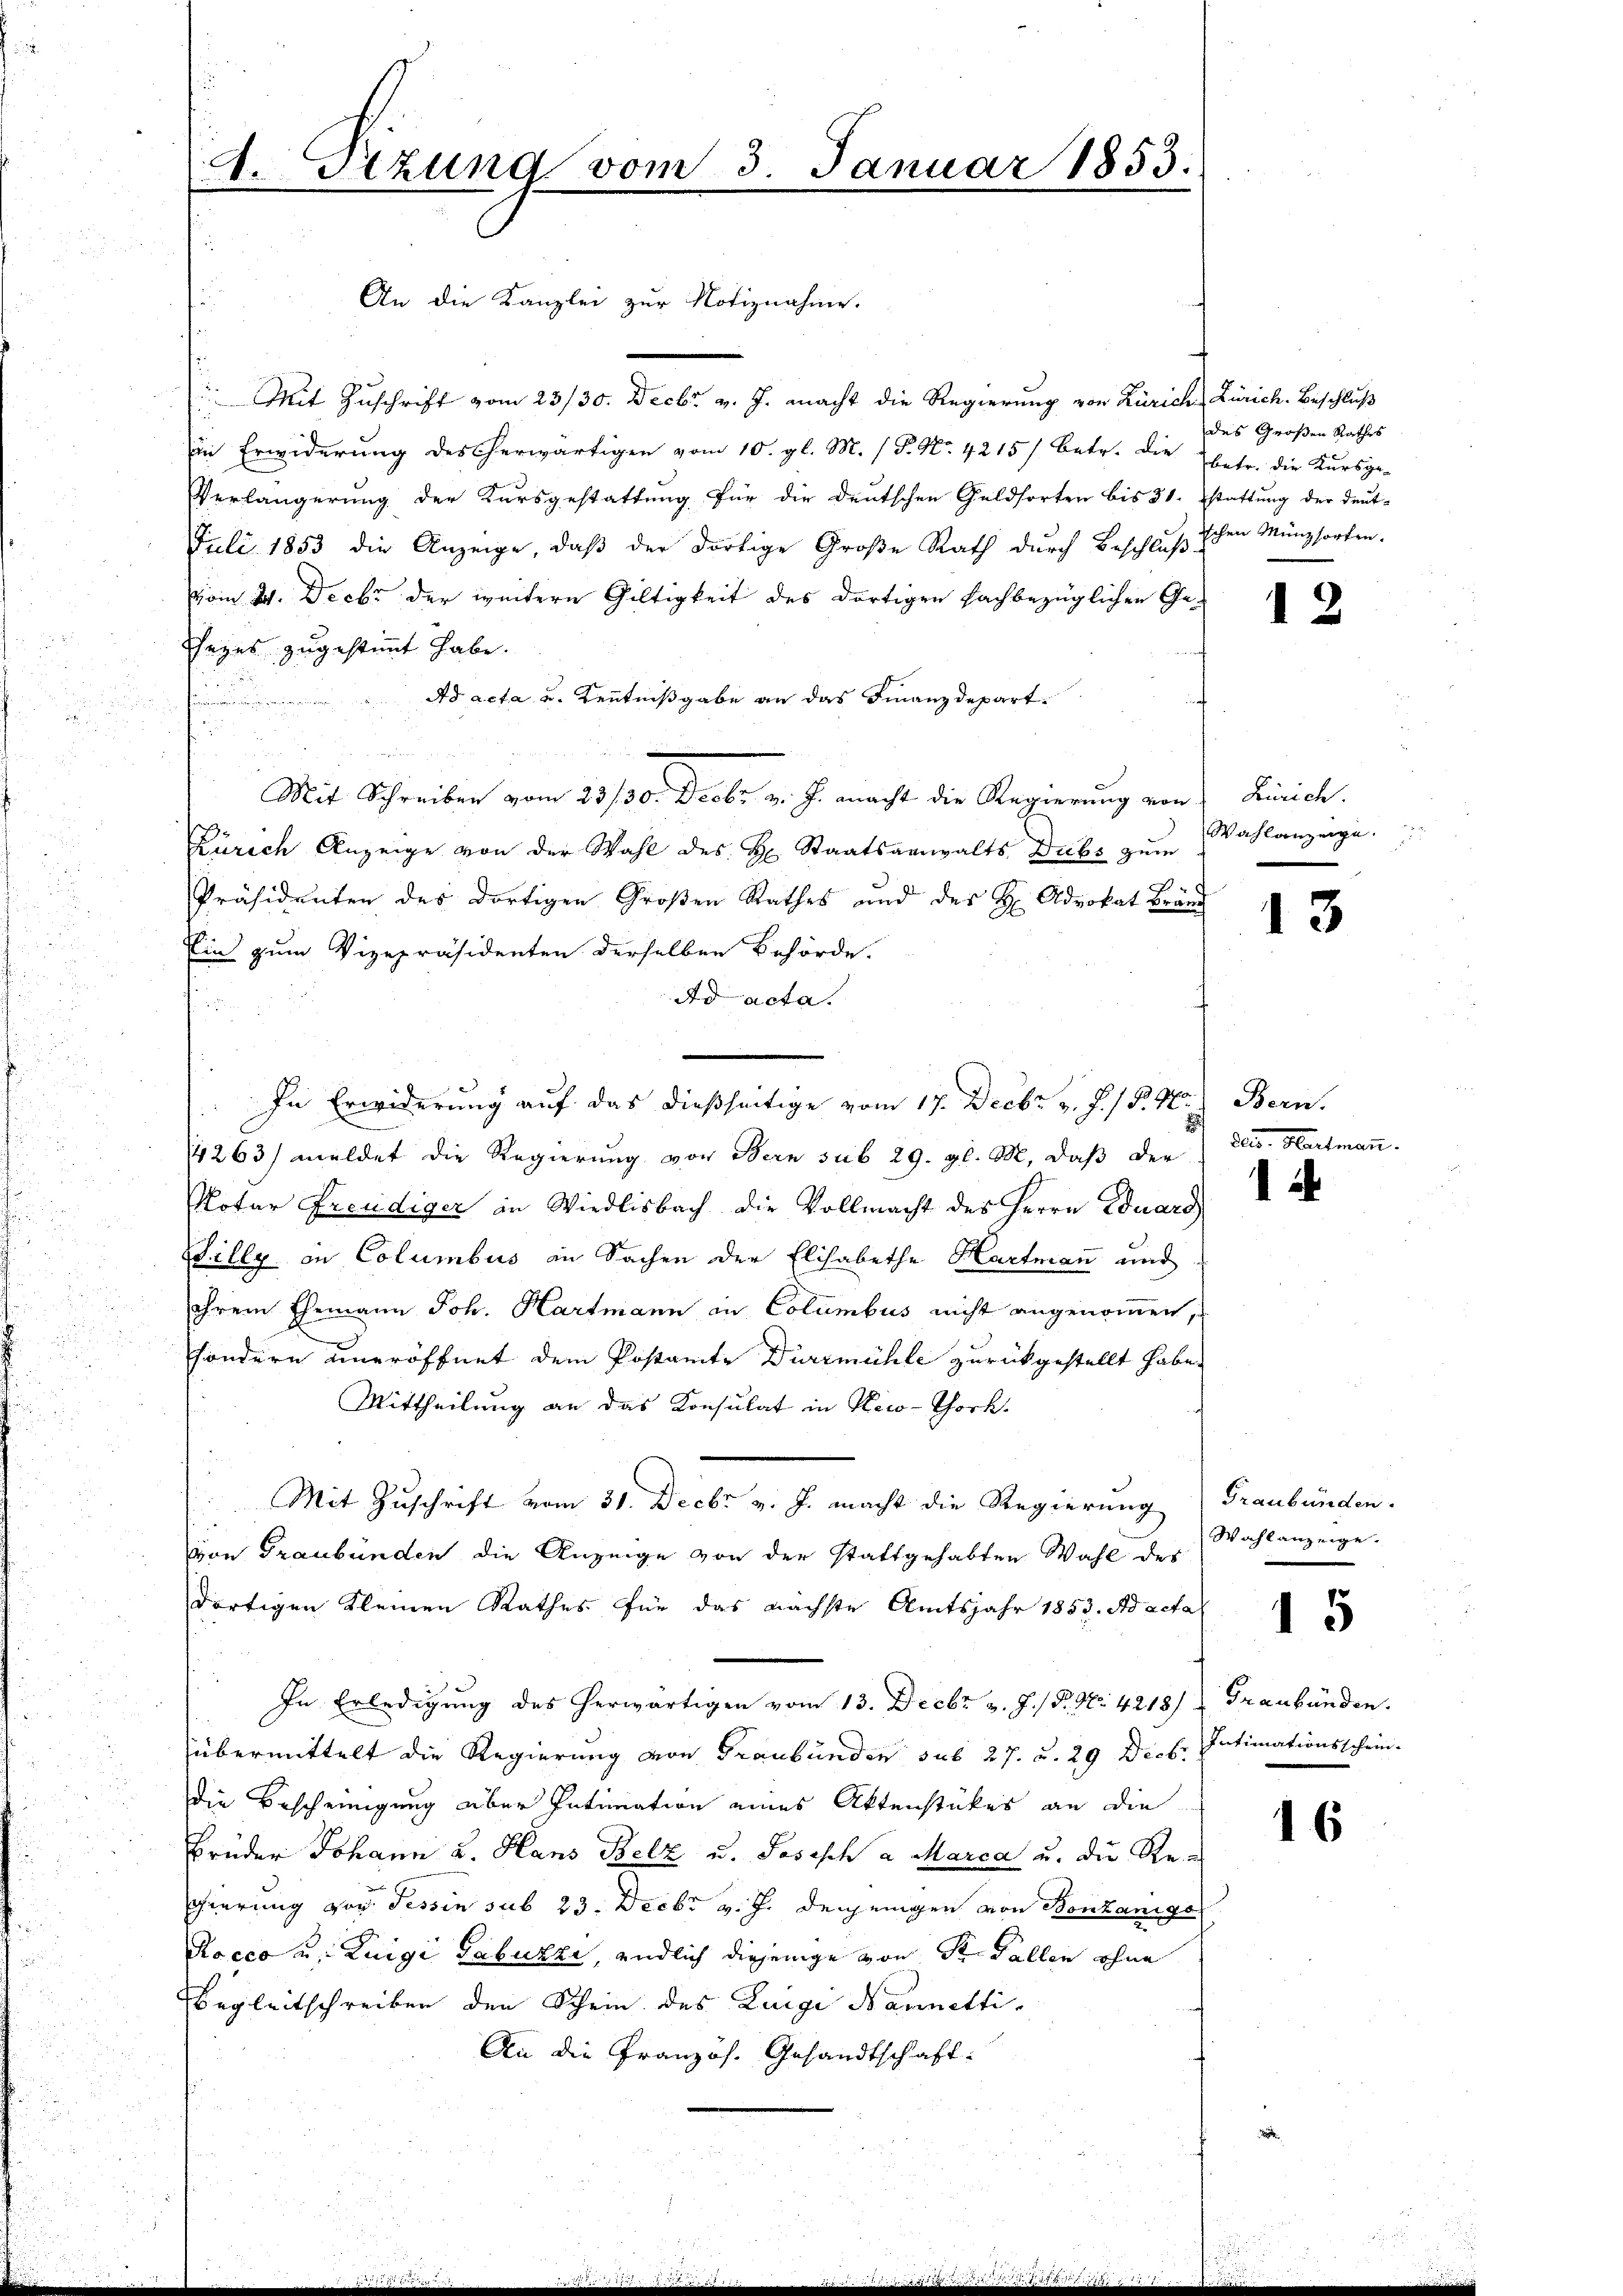
.Sizung vom 3. Januar 1853.

. Mit Zuschrift vom 23/30. Decbr v. J. macht die Regierung von Zürich Zürich. Beschluß
in Erwiderung des herwärtigen vom 10. gl. M. (T. No. 4215) betr. die betr. die Kursge-
Verlängerung der Kursgestattung für die deutschen Geldsorten bis 31. stattung der deut-
Juli 1853 die Anzeige, daβ der dortige Große Rath durch Beschluß schen Münzsorten.
vom 24. Decbr der weiteren Gültigkeit des dortigen fachbezüglichen Ge-
Eheges zugestimmt habe.
Ad acta u. Kenntnißgabe an das Finanzdepart
in Formundenennung
e
Mit Schreiber vom 23/30. Decbr. v. J. macht die Regierung von Zürich.
Zürich Anzeige von der Wahl des H. Staatsanwalts Dubs zum Wahlanzeige.
Präsidenten des dortigen Großen Rathes und des H. Advokat Bränd
Ein zum Vizepräsidenten derselben Behörde.
Ad acta.

In Erwiderung auf das dießseitige vom 17. Decbr. v. J. P. M.) Bern.
4263/ meldet die Regierung von Bern sub 29. gl. M. daß der
12
Notar Freudiger in Wiedlisbach die Vollmacht des Herrn Eduard
Willy in Columbus in Sachen der Elisabethe Hartmann und
ihrem Ehemann Joh. Hartmann in Columbus nicht angenommen,
sondern uneröffnet dem Postamte Dürrmühle zurückgestellt habe.
Mittheilung an das Konsulat in Reco-Thock.
Mit Zuschrift vom 31. Decbr v. J. macht die Regierung) Graubünden.
Wahlanzeige.
von Graubünden die Anzeige von der stattgehabten Wahl des
dortigen Kleinen Rathes für das nächste Amtsjahr 1853. Ad acta
In Erledigung des herwärtigen vom 13. Decbr v. J. P. Nr. 4218) Graubünden.
übermittelt die Regierung von Graubünden sub 27. u. 29 Dich. Intimationsschein-
die Bescheinigung aber Intimation eines Aktenstückes an die
16
Brüder Johann u. Hans Belz u. Joseph a Marca u. die Re-
gierung von Tessin sub 23. Decbr v. J. denjenigen von Bonzanige
Rocco u. Luigi Gabuzzi, endlich diejenige von St. Gallen ohne
Begleitschreiben den Schein des Luigi Marmetti¬
An die Französ. Gesandtschaft:

An die Kanzlei zur Notiznahme.

des Großen Rathes

13

2) den Hartma

12